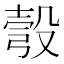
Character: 彀